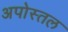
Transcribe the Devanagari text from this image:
अपोस्तल